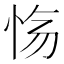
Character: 𫹽